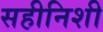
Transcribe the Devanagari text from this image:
सहीनिशी